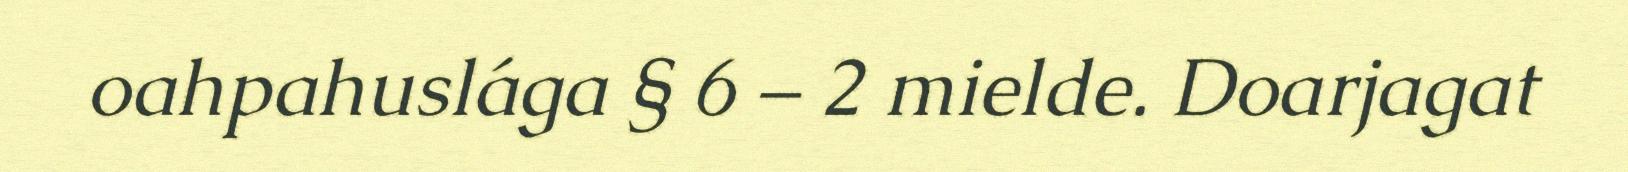
oahpahuslága § 6 – 2 mielde. Doarjagat